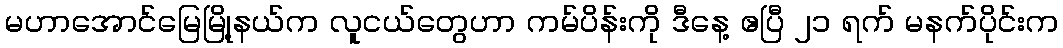
မဟာအောင်မြေမြို့နယ်က လူငယ်တွေဟာ ကမ်ပိန်းကို ဒီနေ့ ဧပြီ ၂၁ ရက် မနက်ပိုင်းက